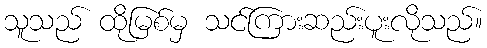
သူသည် ထိုမြစ်မှ သင်ကြားဆည်းပူးလိုသည်။